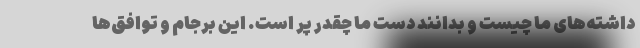
داشته‌های ما چیست و بدانند دست ما چقدر پر است. این برجام و توافق‌ها